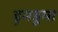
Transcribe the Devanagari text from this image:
डूमडूमा